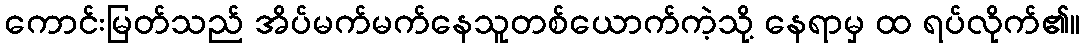
ကောင်းမြတ်သည် အိပ်မက်မက်နေသူတစ်ယောက်ကဲ့သို့ နေရာမှ ထ ရပ်လိုက်၏။